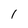
Character: I